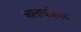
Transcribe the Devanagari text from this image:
चालाचीत्रांमध्ये